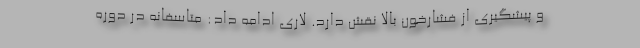
و پیشگیری از فشارخون بالا نقش دارد. لاری ادامه داد: متاسفانه در دوره